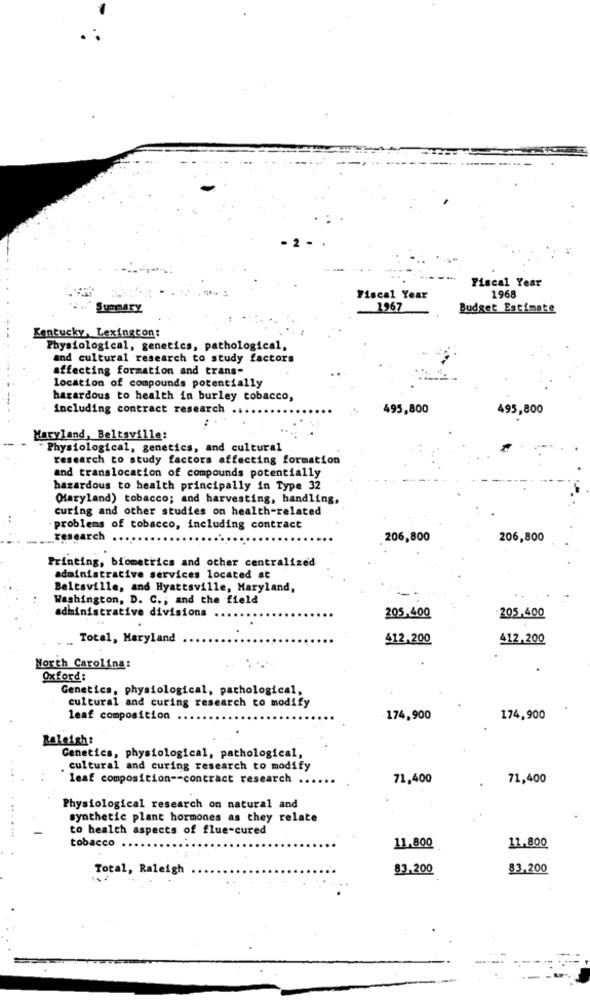
Fiscal Year
1968
Fiscal Year
Summary
1967
Budget Estimate
Kentucky, Lexington:
Physiological, genetics, pathological,
and cultural research to study factors
affecting formation and trans-
location of compounds potentially
hazardous to health in burley tobacco,
including contract research ..
495,800
495,800
Maryland, Beltsville:
Physiological, genetics, and cultural
research to study factors affecting formation
and translocation of compounds potentially
hazardous to health principally in Type 32
Ofaryland) tobacco; and harvesting, handling,
curing and other studies on health-related
problems of tobacco, including contract
research
206,800
206,800
Printing, biometrics and other centralized
administrative services located at
Beltsville, and Hyattsville, Maryland,
Washington, D. C .; and the field
administrative divisions
205,400
205,400
Total, Maryland
412.200
412,200
North Carolina:
Oxford:
Genetics, physiological, pathological,
cultural and curing research to modify
leaf composition
174,900
174,900
KaLeish:
Genetics, physiological, pathological,
cultural and curing research to modify
leaf composition -- contract research ..
71,400
71,400
Physiological research on natural and
synthetic plant hormones as they relate
........
to health aspects of flue-cured
tobacco .....
11,800
11,800
Total, Raleigh
83.200
83,200